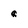
Character: q